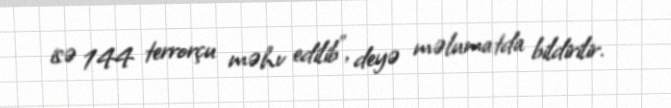
isə 144 terrorçu məhv edilib”, deyə məlumatda bildirilir.